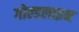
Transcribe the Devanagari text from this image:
गोल्डलाइन